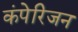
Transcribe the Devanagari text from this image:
कंपेरिजन